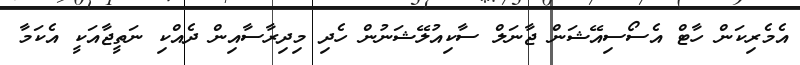
އެމެރިކަން ހާޓް އެސޯސިއޭޝަން ޖާނަލް ސާކިއުލޭޝަނުން ހެދި މިދިރާސާއިން ދެއްކި ނަތީޖާއަކީ އެކަމާ